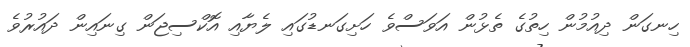
ހިނގަން ދިއުމުން ހިތުގެ ތެޅުން އަވަސްވެ ހަށިގަނޑުގައި ލެޔާއި އޮކްސިޖަން ގިނައިން ދައުރުވެ